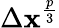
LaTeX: \Delta\mathbf{x}^{\frac{{p}}{{3}}}